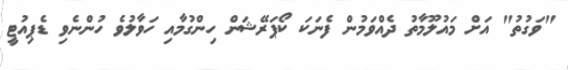
"ވަގުތު" އަށް މައުލޫމާތު ދެއްވަމުން ފެނަކަ ކޯޕަރޭޝަން ހިންގުމާއި ހަވާލުވެ ހުންނެވި ޑެޕިއުޓީ